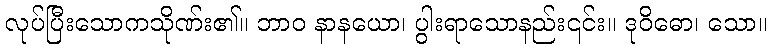
လုပ်ပြီးသောကသိုဏ်း၏။ ဘာဝ နာနယော၊ ပွါးရာသောနည်း၎င်း။ ဒုဝိဓော၊ သော။